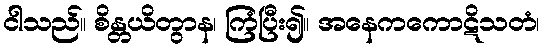
ငါသည်။ စိန္တယိတွာန၊ ကြံပြီး၍။ အနေကကောဋိသတံ၊